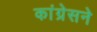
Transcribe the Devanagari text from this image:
कांग्रेसने